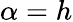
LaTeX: \alpha=h